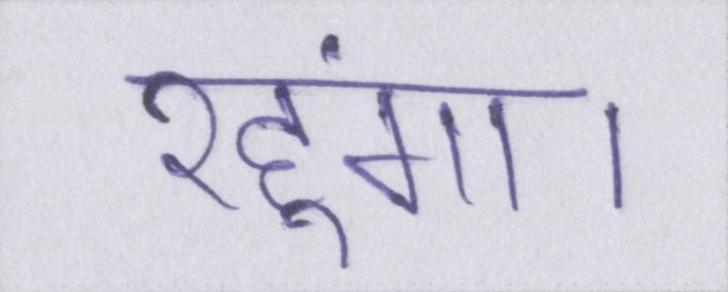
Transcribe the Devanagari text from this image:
रहूंगा।